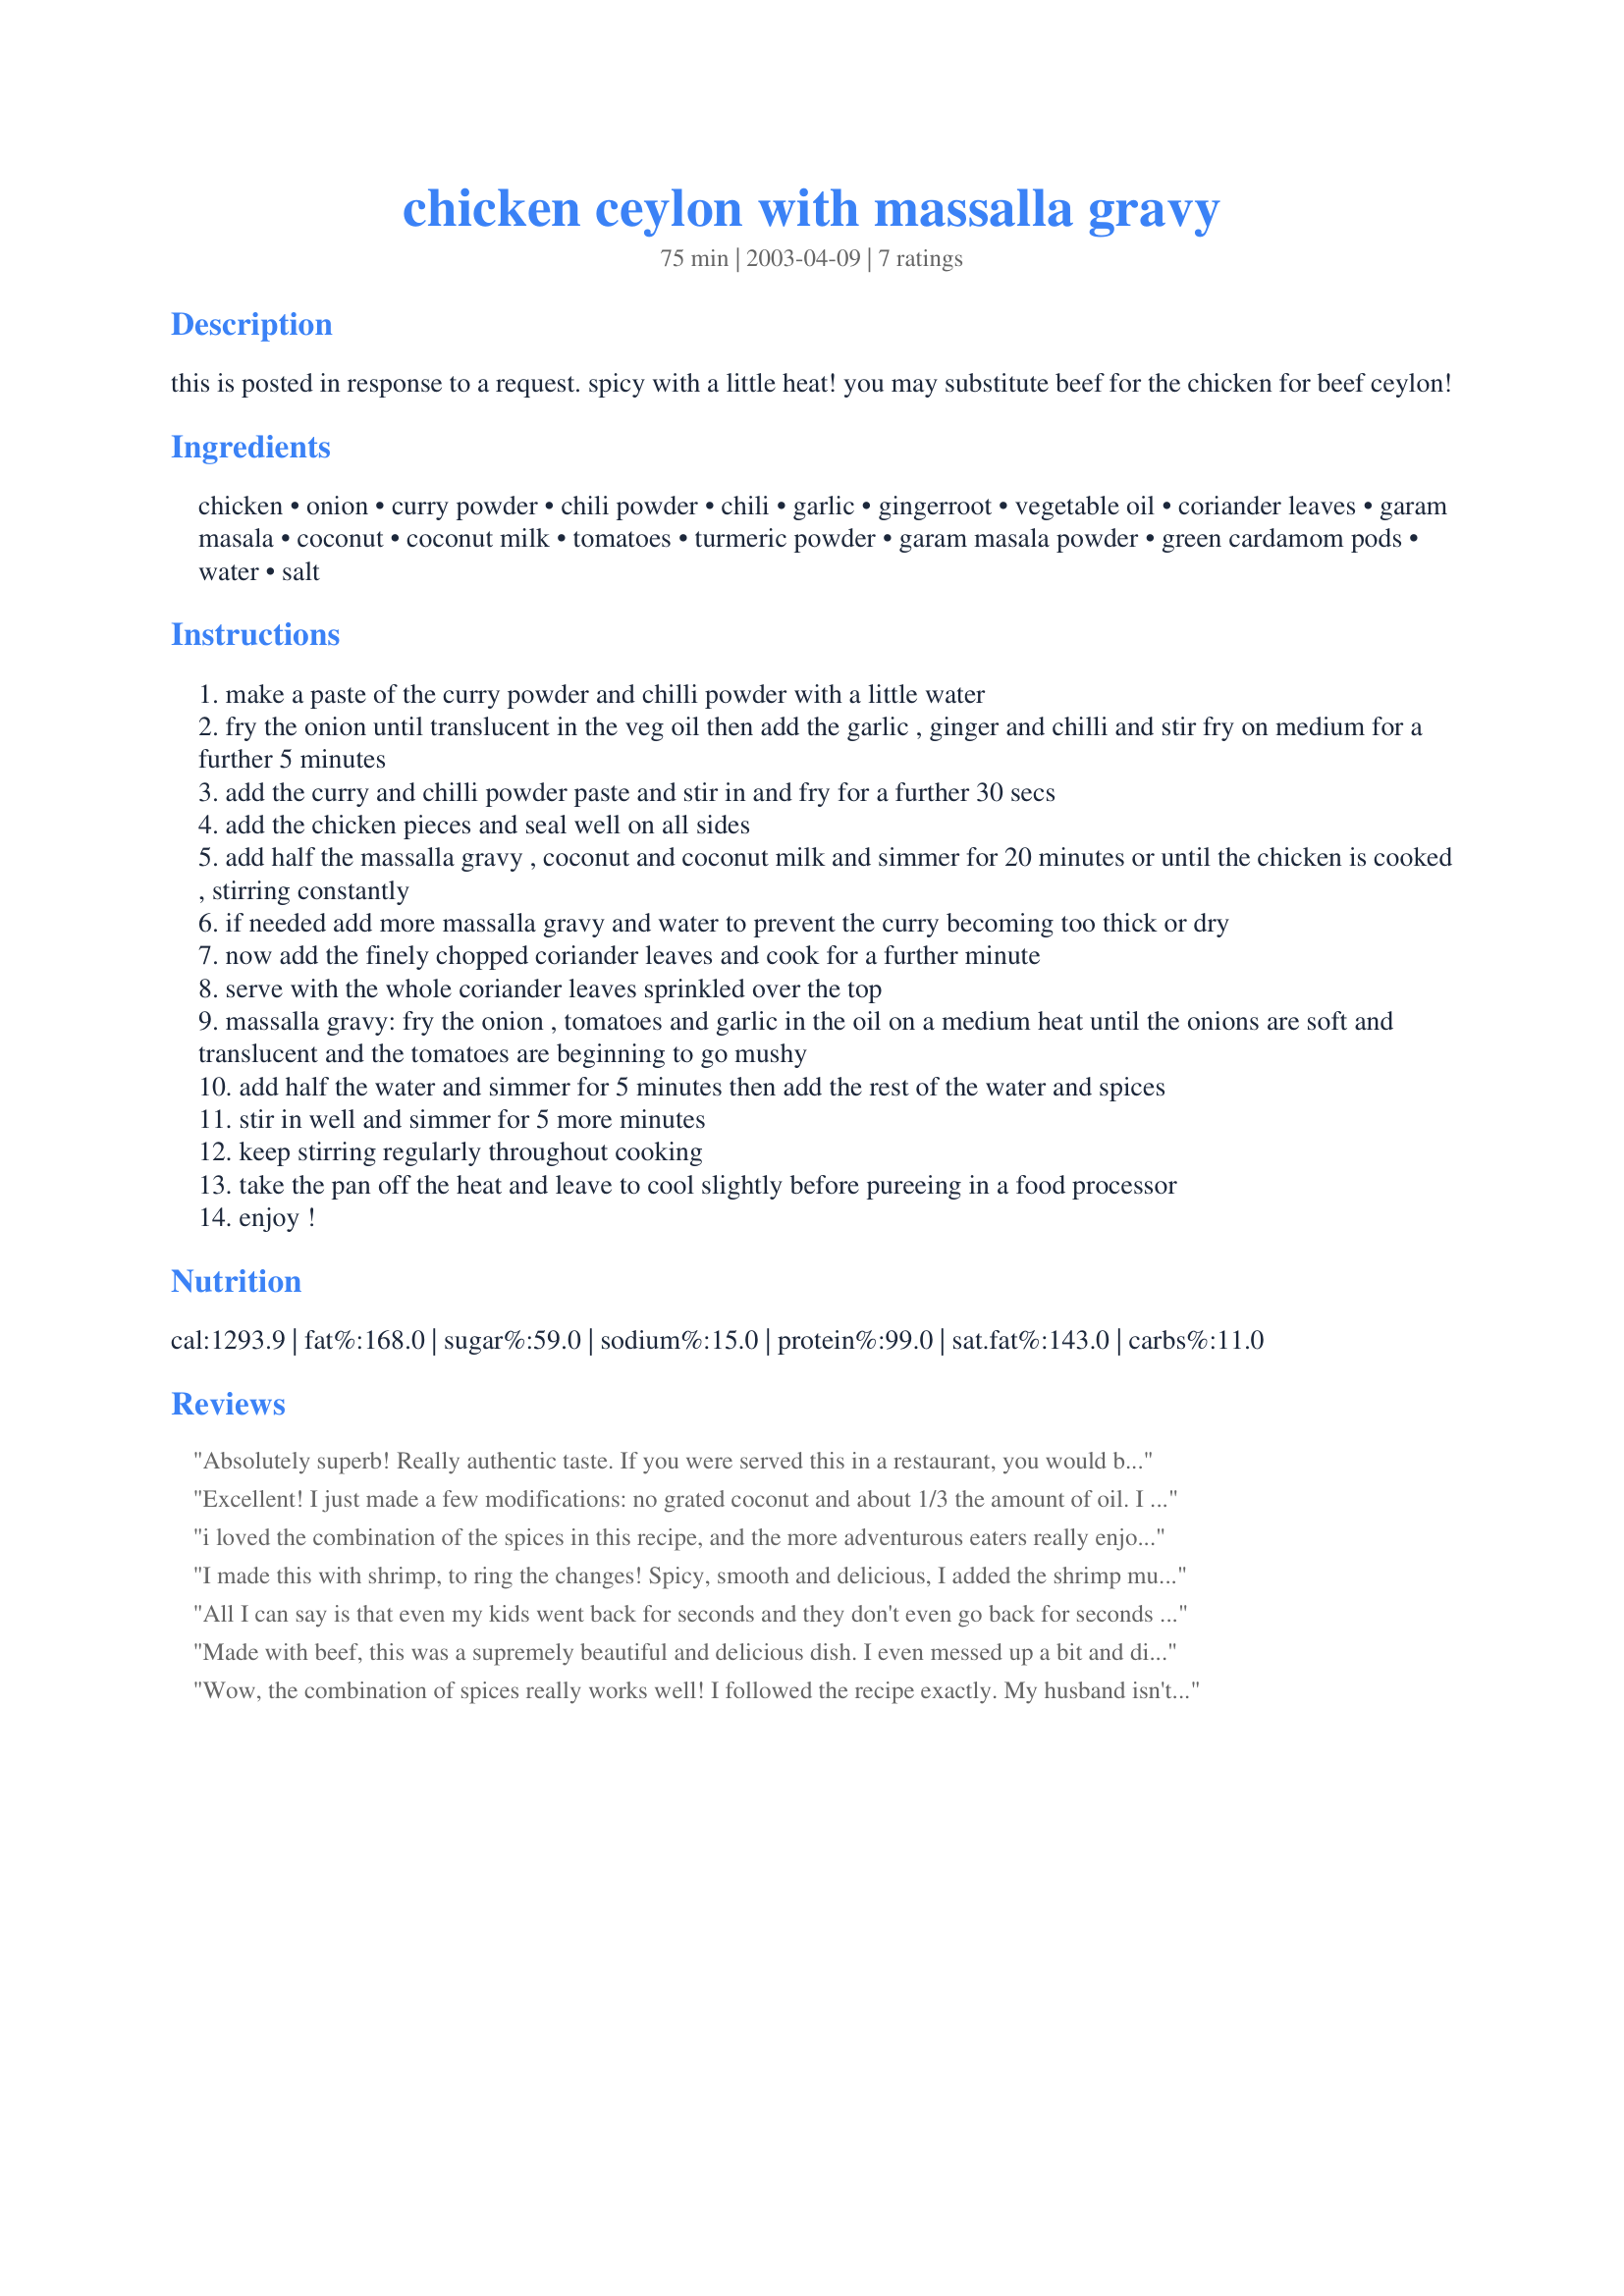
chicken ceylon with massalla gravy
Preparation time: 75 minutes

this is posted in response to a request. spicy with a little heat! you may substitute beef for the chicken for beef ceylon!

Ingredients:
chicken, onion, curry powder, chili powder, chili, garlic, gingerroot, vegetable oil, coriander leaves, garam masala, coconut, coconut milk, tomatoes, turmeric powder, garam masala powder, green cardamom pods, water, salt

Steps:
make a paste of the curry powder and chilli powder with a little water
fry the onion until translucent in the veg oil then add the garlic , ginger and chilli and stir fry on medium for a further 5 minutes
add the curry and chilli powder paste and stir in and fry for a further 30 secs
add the chicken pieces and seal well on all sides
add half the massalla gravy , coconut and coconut milk and simmer for 20 minutes or until the chicken is cooked , stirring constantly
if needed add more massalla gravy and water to prevent the curry becoming too thick or dry
now add the finely chopped coriander leaves and cook for a further minute
serve with the whole coriander leaves sprinkled over the top
massalla gravy: fry the onion , tomatoes and garlic in the oil on a medium heat until the onions are soft and translucent and the tomatoes are beginning to go mushy
add half the water and simmer for 5 minutes then add the rest of the water and spices
stir in well and simmer for 5 more minutes
keep stirring regularly throughout cooking
take the pan off the heat and leave to cool slightly before pureeing in a food processor
enjoy !

Reviews:
Absolutely superb!
Really authentic taste.
If you were served this in a restaurant, you would be impressed!
Tip: Make the gravy 1st, which will make life a bit easier.
BEST HOME MADE CURRY I'VE EVER TASTED!
Excellent! I just made a few modifications: no grated coconut and about 1/3 the amount of oil. I made this with beef. It's really flavorful and spicy, a fantastic dish! Thank you!
i loved the combination of the spices in this recipe, and the more adventurous eaters really enjoyed this. i think this would be really good with lamb and will make it that way next time. the only change i made was to lessen the amt of coriander, and i didn't use the leaves
I made this with shrimp, to ring the changes! Spicy, smooth and delicious, I added the shrimp much later than the chicken would be added. I made the massalla gravy first, and then started with the spice mix. I omitted step 4 and advanced to step 5, and allowed the gravy and spices to cook for a while, until I felt I had a good flavour and consistency. (I didn't use the grated coconut, just the coconut milk, in fact I used coconut cream. I'm not fond of grated coconut.)
I added the shrimps and continued cooking for several minutes until they were cooked through, and then added the coriander.

I served it with recipe#353583, by I'm Pat.

This was a delicious curry that I will make again, thank you, Sharon!
All I can say is that even my kids went back for seconds and they don't even go back for seconds on dessert!
Made with beef, this was a supremely beautiful and delicious dish. I even messed up a bit and didn't read far enough ahead in the directions and didn't cook the sauce separately - I was using canned diced tomatoes and just mixed it all up in a bowl and then added it to the beef mixture in the skillet. Beautiful color and texture with lots of subtle flavors coming through. Thanks!
Wow, the combination of spices really works well! I followed the recipe exactly. My husband isn't such a big fan of Indian food, but he gobbled this up and went back for seconds, saying it tasted better than most of the stuff he's had in Indian restaurants. This one will become a regular for us!
